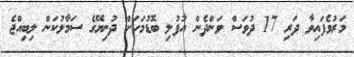
މަރުވެފައިވާ ދަރި 17 ދުވަސް ވަންދެން އުފުލި ބޮޑުމަހަށް ދުނިޔޭގެ ސަމާލުކަން ލިބިއްޖެ